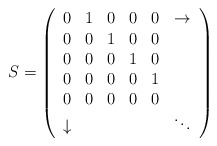
\begin{align*}S= \left(\begin{array}{cccccc}0 & 1 & 0 & 0 & 0 & \rightarrow \\0 & 0 & 1 & 0 & 0 & \\0 & 0 & 0 & 1 & 0 & \\0 & 0 & 0 & 0 & 1 & \\0 & 0 & 0 & 0 & 0 & \\\downarrow & & & & & \ddots\end{array}\right)\end{align*}